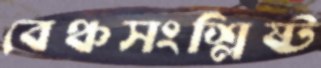
বেঞ্চসংশ্লিষ্ট